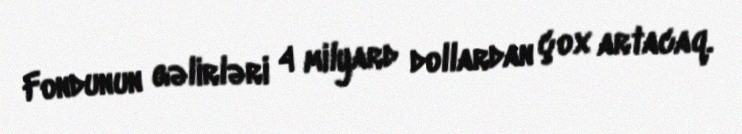
Fondunun gəlirləri 4 milyard dollardan çox artacaq.